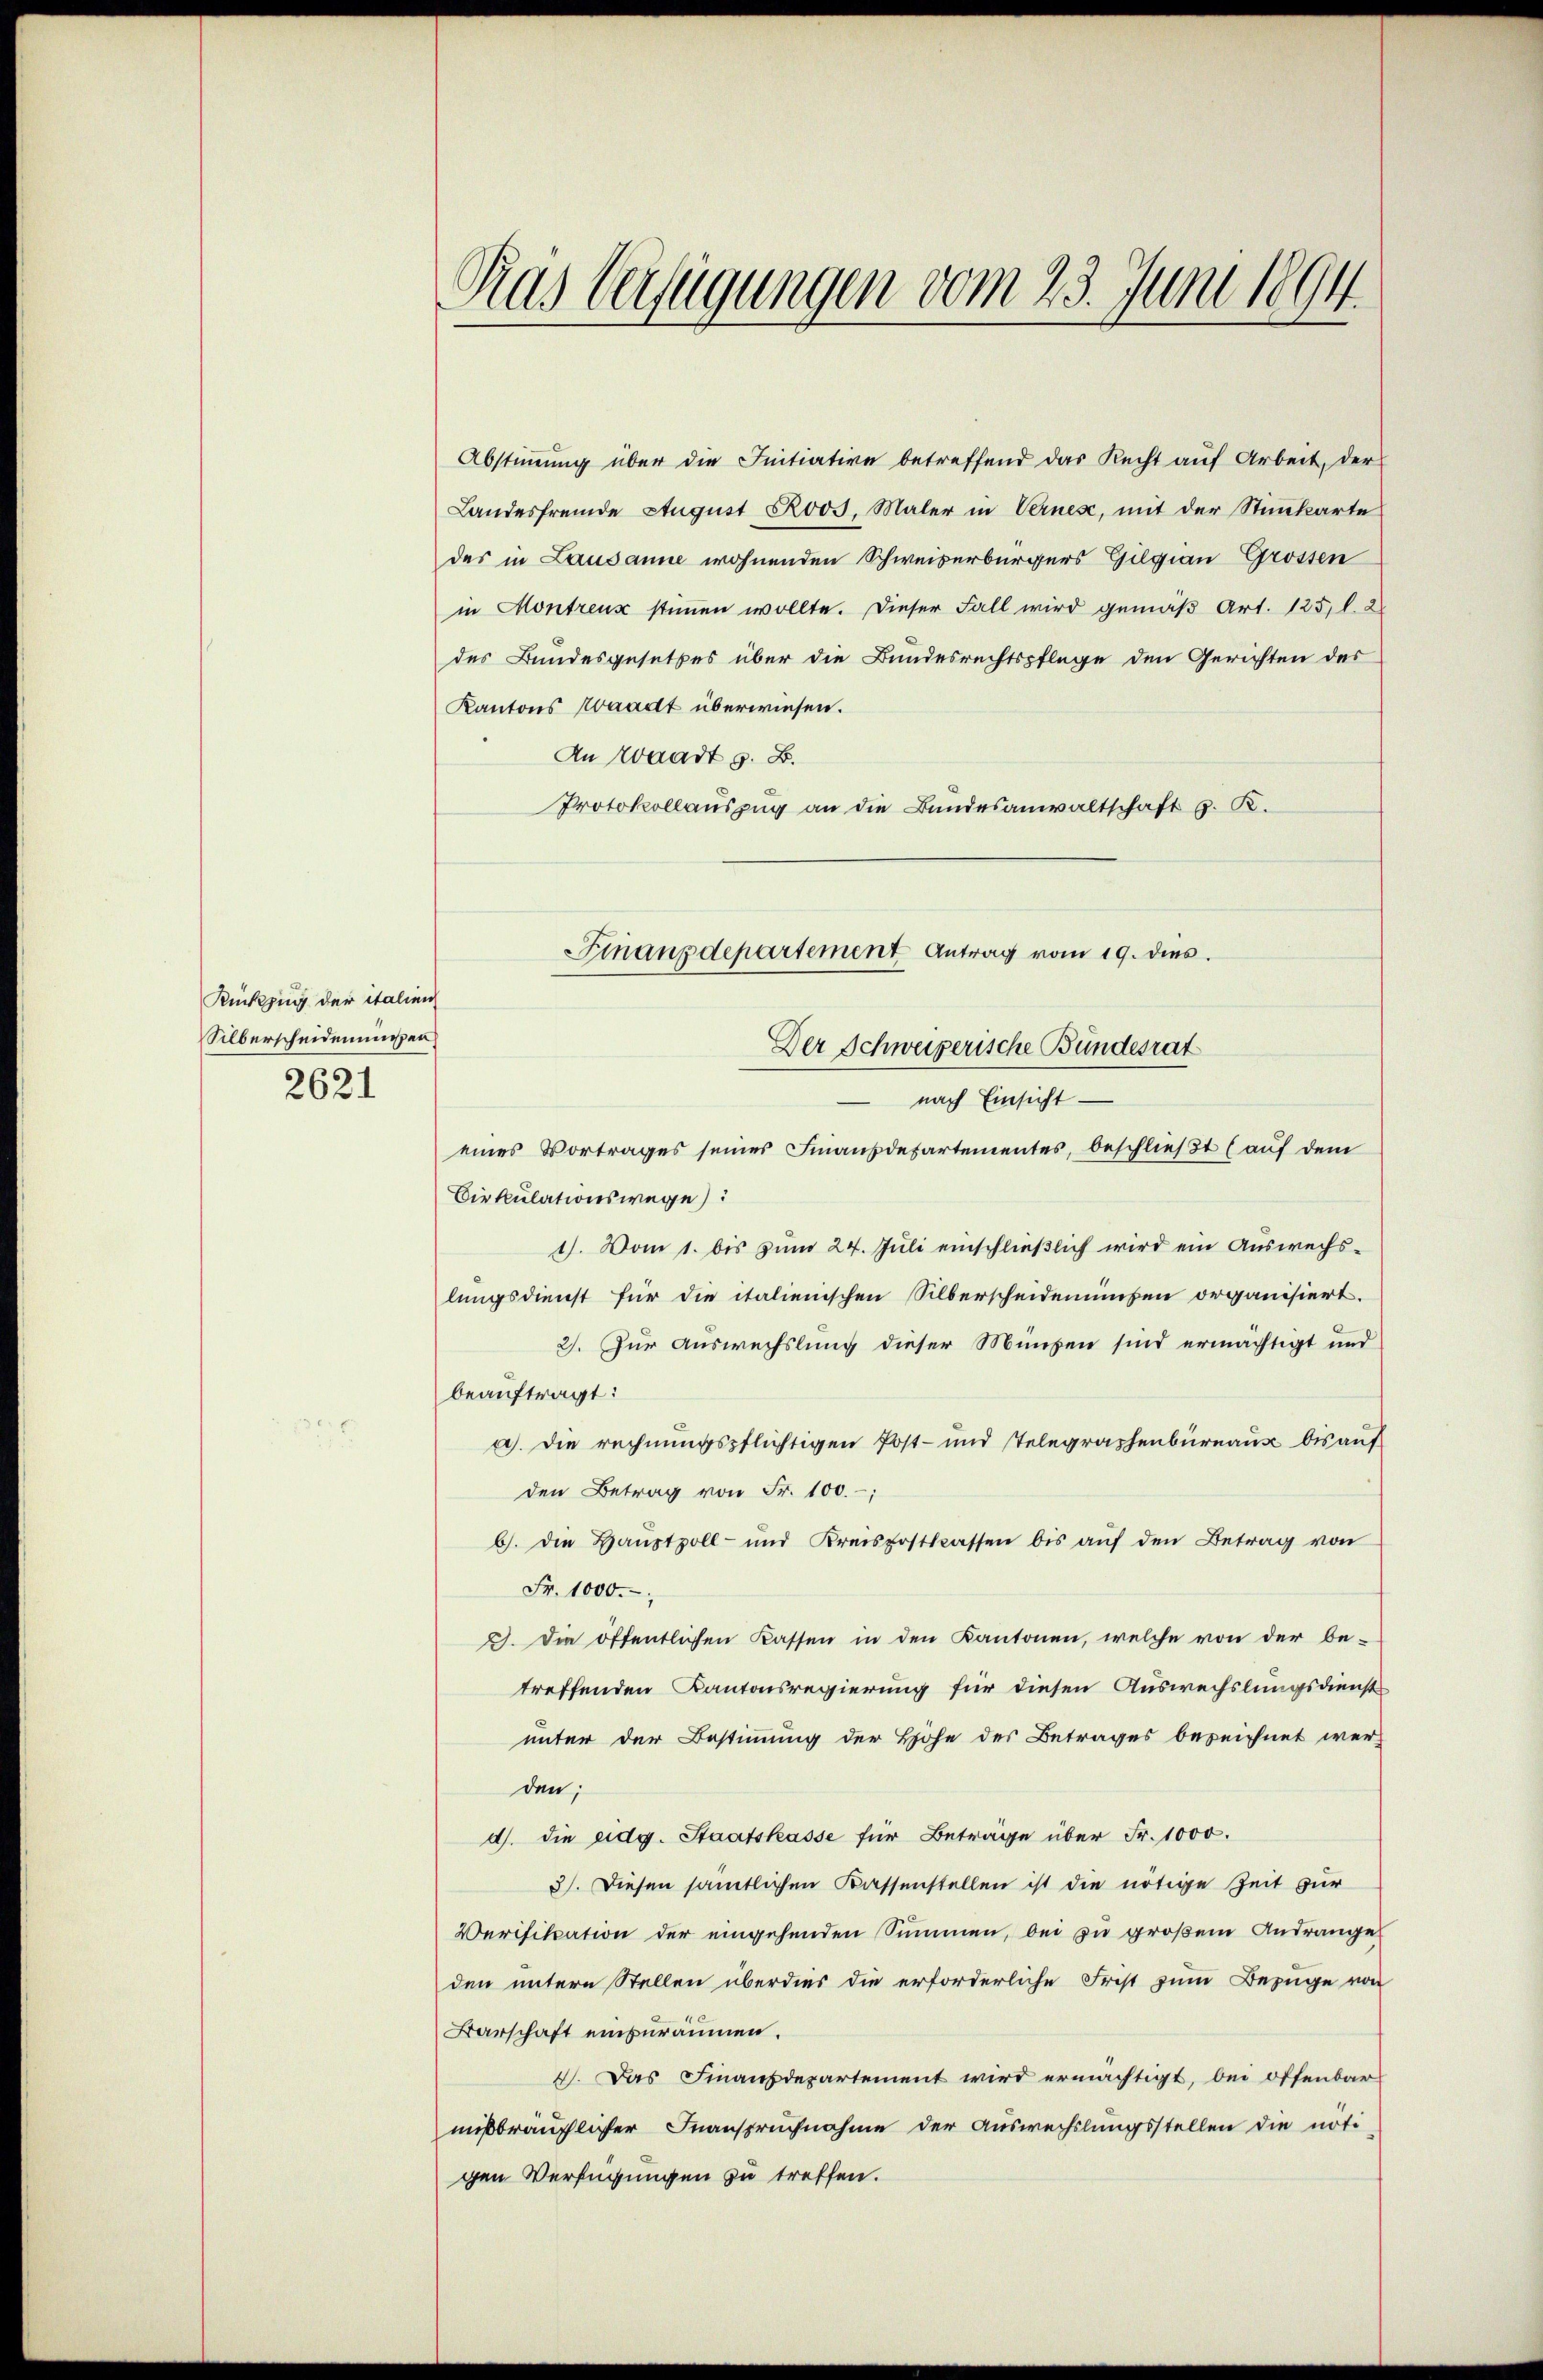
Rückzug der italien
Silberscheidennißen
2621

Abstimmung über die Initiative betreffend das Recht auf Arbeit, der
Landesfremde August Rod., Maler in Vernes, mit der Stimkarte
des in Lausanne wohnenden Schweiserbürgers Gilgian Grossen
in Montreux stimmen wollte. Dieser Fall wird gemäß Art. 125, l. 2
des Bundesgesetzes über die Bundesrechtspflege den Gerichten der
Kantons Waadt überwiesen.
An Waadt z. B.
Protokollauszug an die Bundesanwaltschaft G. K.
Finanzdepartement Antrag vom 19. dies

Das Verfügungen vom 23. Juni 1894

Der Schweizerische Bundesrat

nach Einsicht —
eines Vortrages seiner Finanzdepartementes, beschließt (auf dem
Cirkulationswege):
1). Vom 1. bis zum 24. Juli einschließlich wird ein Auswechslungsdienst für die italienischen Silberscheidenungen organisiert.
3). Zur Auswechslung dieser Münzen sind ermächtigt und
beauftragt:
a). Die rechnungspflichtigen Post- und Telegraphenbureaus bis auf
den Betrag von Fr. 100.-,
b). Die Hauptvoll- und Kreispostkassen bis aŭf den Betrag von
Fr. 1000.
3. Die öffentlichen Kassen in den Kantonen, welche von der be-
treffenden Kantonsregierung für diesen Auswechslungsdienst
unter der Bestimmung der Höhe des Betrages bezeichnet wer-
den;
d). Die eidg. Staatskasse für Beträge über Fr. 1000.
3). Diesen sämtlichen Kassenstellen ist die nötige Zeit zur
Verifikation der eingehenden Summen, bei zu großem Andränge
den untere Stellen überdies die erforderliche Frist zum Bezüge von
Barschaft einzuräumen.
4. Das Finanzdepartement wird ermächtigt, bei offenbar
mißbräuchlicher Inanspruchnahme der Auswechslungsstellen die noti
gen Verfügungen zu treffen.